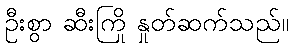
ဦးစွာ ဆီးကြို နှုတ်ဆက်သည်။